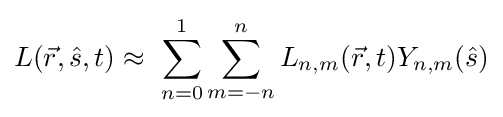
L({\vec {r}},{\hat {s}},t)\approx \ \sum _{n=0}^{1}\sum _{m=-n}^{n}L_{n,m}({\vec {r}},t)Y_{n,m}({\hat {s}})